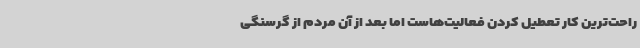
راحت‌ترین کار تعطیل کردن فعالیت‌هاست اما بعد از آن مردم از گرسنگی